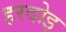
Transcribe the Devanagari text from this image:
हरदोइ